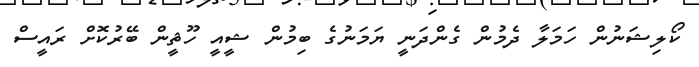
ކޯލިޝަނުން ހަމަލާ ދެމުން ގެންދަނީ ޔަމަނުގެ ބިމުން ޝީއީ ހޫޘީން ބޭރުކޮށް ރައީސް